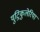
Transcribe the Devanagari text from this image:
युट्रिकुलेरिया